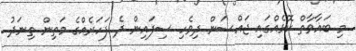
މި ބަޣާވާތް ކޮޅެއްގައި ޖައްސަން ދިވެހި ސިފައިން ދެ ފަހަރެއްގެ މަތިން ތިނަދު